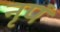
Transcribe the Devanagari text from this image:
नृपं